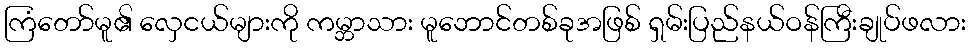
ကြံတော်မူ၏ လှေငယ်များကို ကမ္ဘာသား မူဘောင်တစ်ခုအဖြစ် ရှမ်းပြည်နယ်ဝန်ကြီးချုပ်ဖလား